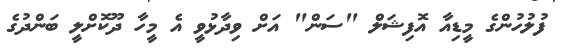
ފުލުހުންގެ މީޑިއާ އޮފިޝަލް "ސަން" އަށް ވިދާޅުވީ އެ މީހާ ދޫކޮށްލީ ބަންދުގެ